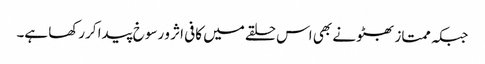
جبکہ ممتاز بھٹو نے بھی اس حلقے میں کافی اثر و رسوخ پیدا کررکھا ہے۔